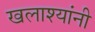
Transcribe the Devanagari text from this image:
खलाश्यांनी